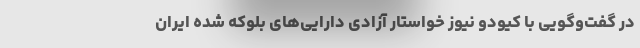
در گفت‌وگویی با کیودو نیوز خواستار آزادی دارایی‌های بلوکه شده ایران